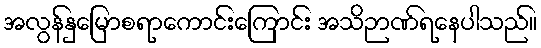
အလွန်နှမြောစရာကောင်းကြောင်း အသိဉာဏ်ရနေပါသည်။